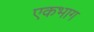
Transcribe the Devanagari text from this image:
एकभाग